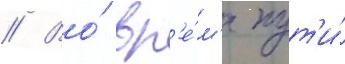
// Во́ вр'е́м'я пут'и́